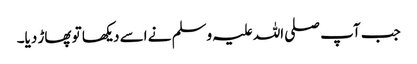
جب آپ صلی اللہ علیہ وسلم نے اسے دیکھا تو پھاڑ دیا۔